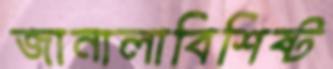
জানালাবিশিষ্ট